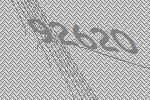
92620